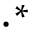
\cdot ^ { * }